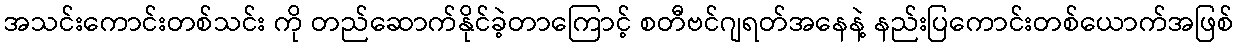
အသင်းကောင်းတစ်သင်း ကို တည်ဆောက်နိုင်ခဲ့တာကြောင့် စတီဗင်ဂျရတ်အနေနဲ့ နည်းပြကောင်းတစ်ယောက်အဖြစ်